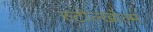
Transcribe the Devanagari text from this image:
स्टोल्खोल्म